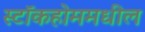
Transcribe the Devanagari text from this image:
स्टॉकहोममधील